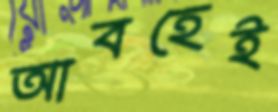
আবহেই